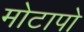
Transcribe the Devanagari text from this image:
मोटापो